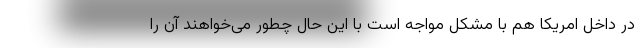
در داخل امریکا هم با مشکل مواجه است با این حال چطور می‌خواهند آن را